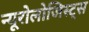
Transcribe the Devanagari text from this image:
न्यूरोलोजिस्ट्स